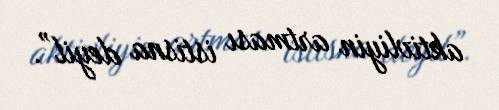
aktivliyin artması istisna deyil”.